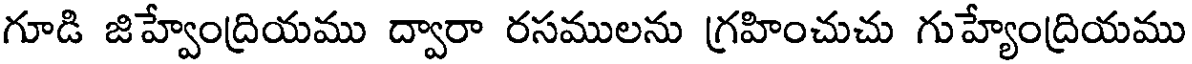
గూడి జిహ్వేంద్రియము ద్వారా రసములను గ్రహించుచు గుహ్యేంద్రియము